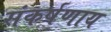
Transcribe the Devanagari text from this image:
संकर्षणाय